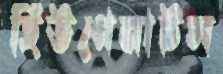
হিউগেনাটস